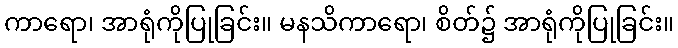
ကာရော၊ အာရုံကိုပြုခြင်း။ မနသိကာရော၊ စိတ်၌ အာရုံကိုပြုခြင်း။